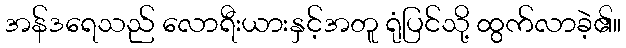
အန်ဒရေသည် လောရီးယားနှင့်အတူ ရုံပြင်သို့ ထွက်လာခဲ့၏။